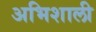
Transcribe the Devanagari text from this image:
अभिशाली